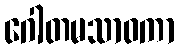
ဂေါတမသာဝကာ